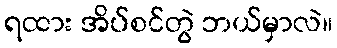
ရထား အိပ်စင်တွဲ ဘယ်မှာလဲ။